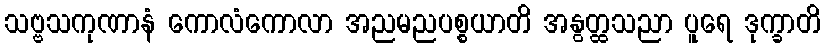
သဗ္ဗသကုဏာနံ ကောလံကောလာ အညမညပစ္စယာတိ အနွတ္ထသညာ ပူရေ ဒုက္ခာတိ